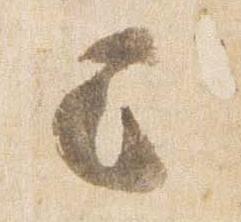
已